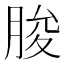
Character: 脧